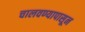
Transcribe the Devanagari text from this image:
चालवण्यापासून